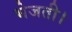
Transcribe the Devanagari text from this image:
भेजती।